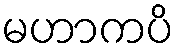
မဟာကပိ